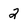
Character: 2